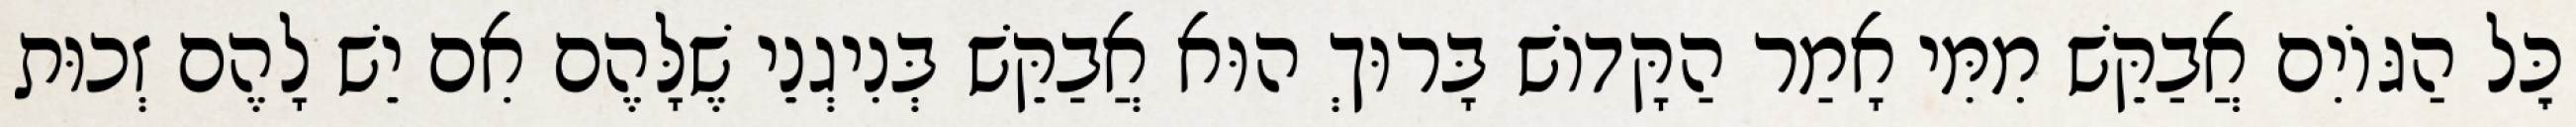
כׇּל הַגּוֹיִם אֲבַקֵּשׁ מִמִּי אָמַר הַקָּדוֹשׁ בָּרוּךְ הוּא אֲבַקֵּשׁ בְּנִיגְנֵי שֶׁלָּהֶם אִם יֵשׁ לָהֶם זְכוּת